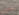
هي